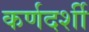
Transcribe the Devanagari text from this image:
कर्णदर्शी